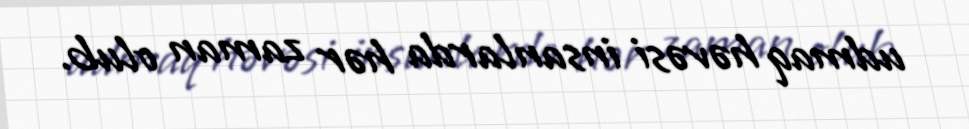
udmaq həvəsi insanlarda hər zaman olub.